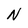
Character: N